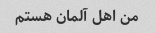
من اهل آلمان هستم